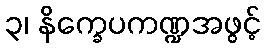
၃၊ နိက္ခေပကဏ္ဍအဖွင့်